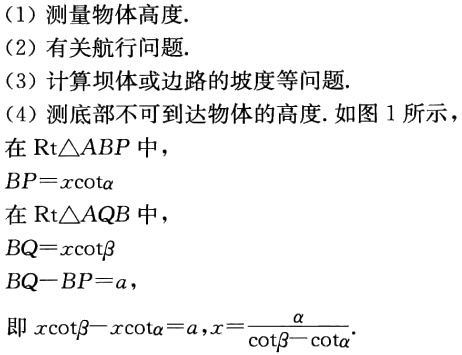
(1) 测量物体高度.

(2) 有关航行问题.

(3) 计算坝体或边路的坡度等问题.

(4) 测底部不可到达物体的高度. 如图 1 所示，

在$\mathrm{Rt}\triangle ABP$中，

$BP = x\cot\alpha$

在$\mathrm{Rt}\triangle AQB$中，

$BQ = x\cot\beta$

$BQ - BP = a$，

即$x\cot\beta - x\cot\alpha = a,x=\frac{a}{\cot\beta - \cot\alpha}.$